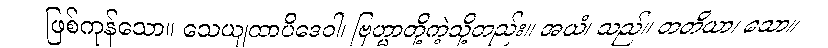
ဖြစ်ကုန်သော။ သေယျထာပိဒေဝါ၊ ဗြဟ္မာတို့ကဲ့သို့တည်း။ အယံ၊ သည်။ တတိယာ၊ သော။